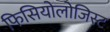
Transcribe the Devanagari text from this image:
फिसियोलोजिस्ट